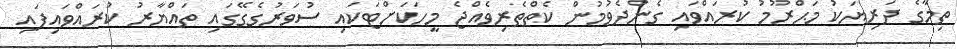
ތިމާގެ ދަރިޔަކު މަޙްރޫމު ކުރައްވައި ގެންދެވުމުން ކެތްތެރިވެއްޖެ މީހަކަށްޓަކައި ސުވަރުގެގޭގައި ތައްޔާރު ކުރައްވައިފައި